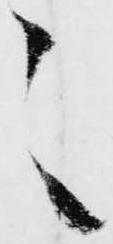
之